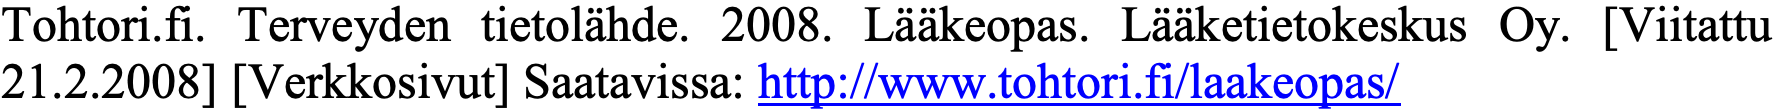
Tohtori.fi. Terveyden tietolähde. 2008. Lääkeopas. Lääketietokeskus Oy. [Viitattu 21.2.2008] [Verkkosivut] Saatavissa: http://www.tohtori.fi/laakeopas/